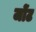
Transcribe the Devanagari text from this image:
जोंट